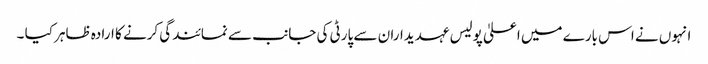
انہوں نے اس بارے میں اعلیٰ پولیس عہدیداران سے پارٹی کی جانب سے نمائندگی کرنے کا ارادہ ظاہر کیا ۔